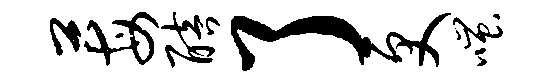
莓醅了更嗤